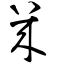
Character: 幾